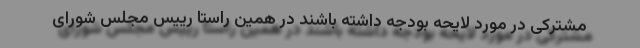
مشترکی در مورد لایحه بودجه داشته باشند در همین راستا رییس مجلس شورای